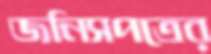
জনিসপত্রের